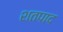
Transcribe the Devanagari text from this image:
शतपाद